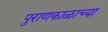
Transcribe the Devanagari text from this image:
पुराणकाळाच्या